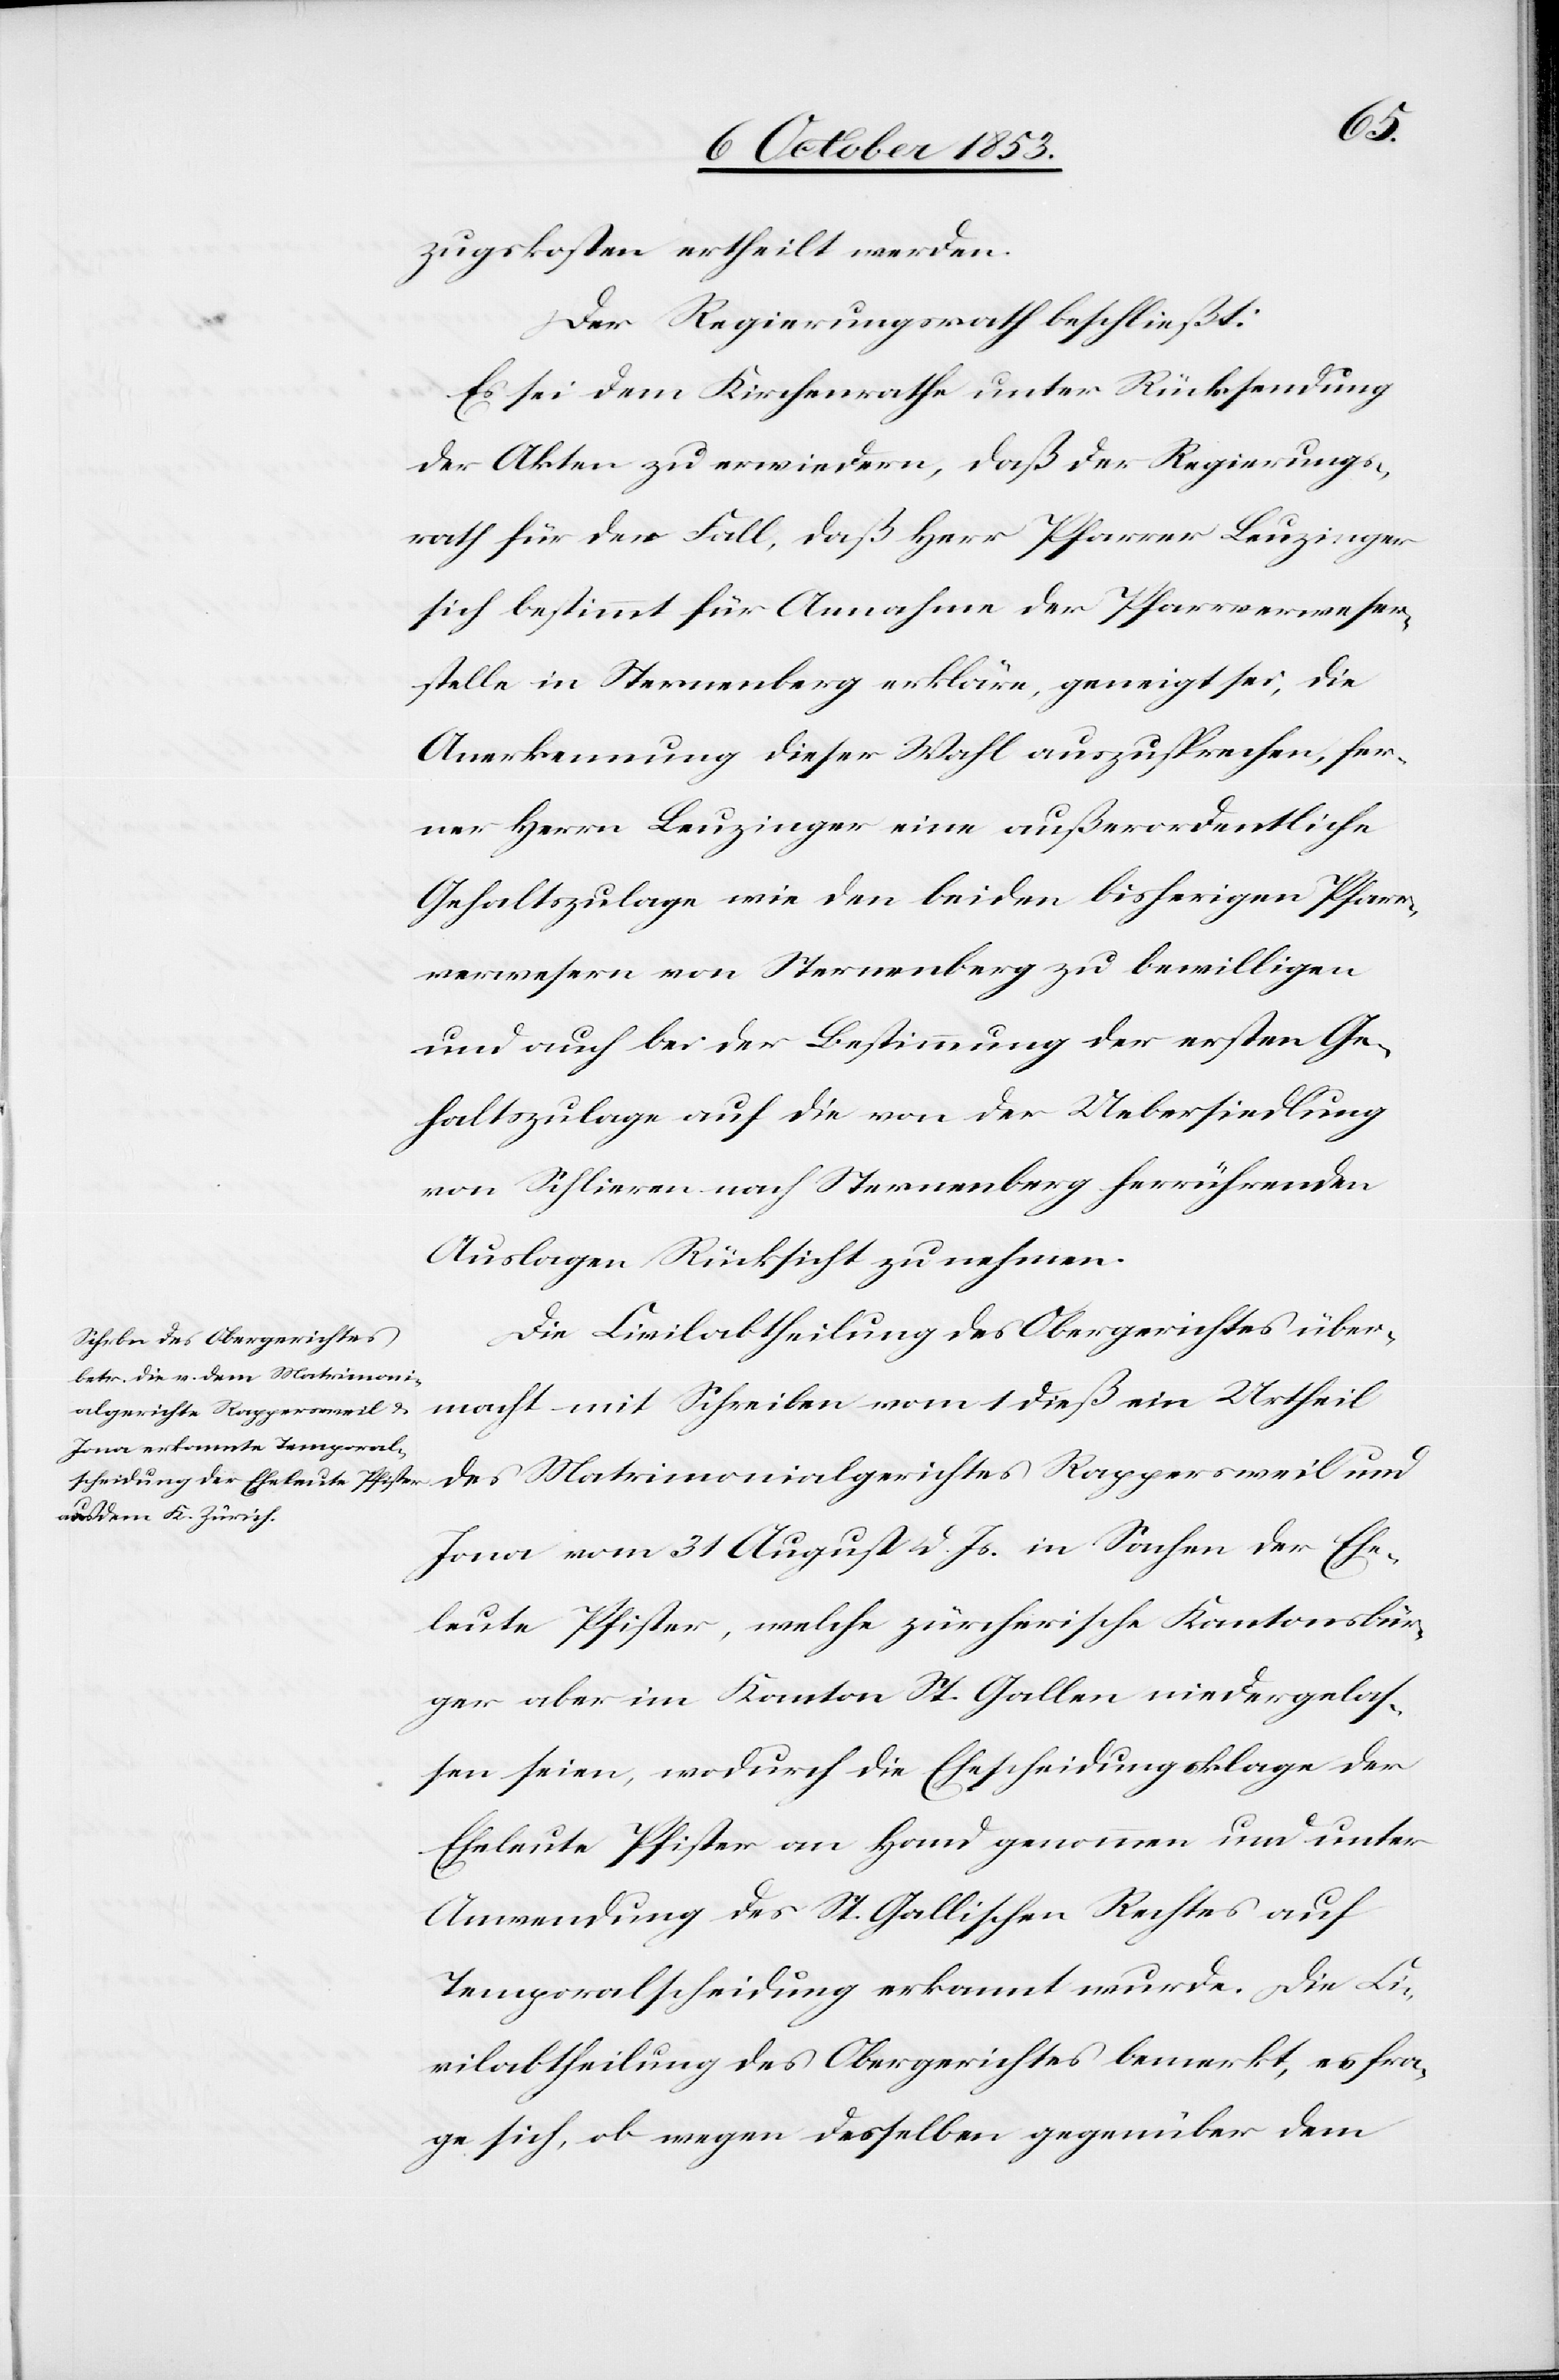
zugskosten ertheilt werden.
Der Regierungsrath beschließt:
Es sei dem Kirchenrathe unter Rücksendung
der Akten zu erwiedern, daß der Regierungs¬
rath für den Fall, daß Herr Pfarrer Beuzinger
sich bestimmt für Annahme der Pfarrverweser¬
stelle in Sternenberg erkläre geneigt sei, die
Anerkennung dieser Wahl auszusprechen, fer¬
ner Herrn Beuzinger eine außerordentliche
Gehaltszulage wie den beiden bisherigen Pfarr¬
verwesern von Sternenberg zu bewilligen
und auch bei der Bestimmung der ersten Ge¬
haltszulage auf die von der Uebersiedlung
von Schlieren nach Sternenberg herrührenden
Auslagen Rücksicht zu nehmen.
Die Civilabtheilung des Obergerichtes über¬
macht mit Schreiben vom 1 dieß ein Urtheil
des Matrimonialgerichtes Rappersweil und
Jona vom 31 August d. Js. in Sachen der Ehe¬
leute Pfister, welche zürcherische Kantonsbür¬
ger aber im Kanton St. Gallen niedergelas¬
sen seien, wodurch die Ehescheidungsklage der
Eheleute Pfister an Hand genommen und unter
Anwendung des St. Gallischen Rechtes auf
Temporalscheidung erkannt wurde. Die Ci¬
vilabtheilung des Obergerichtes bemerkt, es fra¬
ge sich, ob wegen desselben gegenüber dem